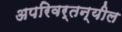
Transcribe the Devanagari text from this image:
अपरिवर्तन्यील